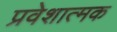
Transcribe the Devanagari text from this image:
प्रवेशात्मक